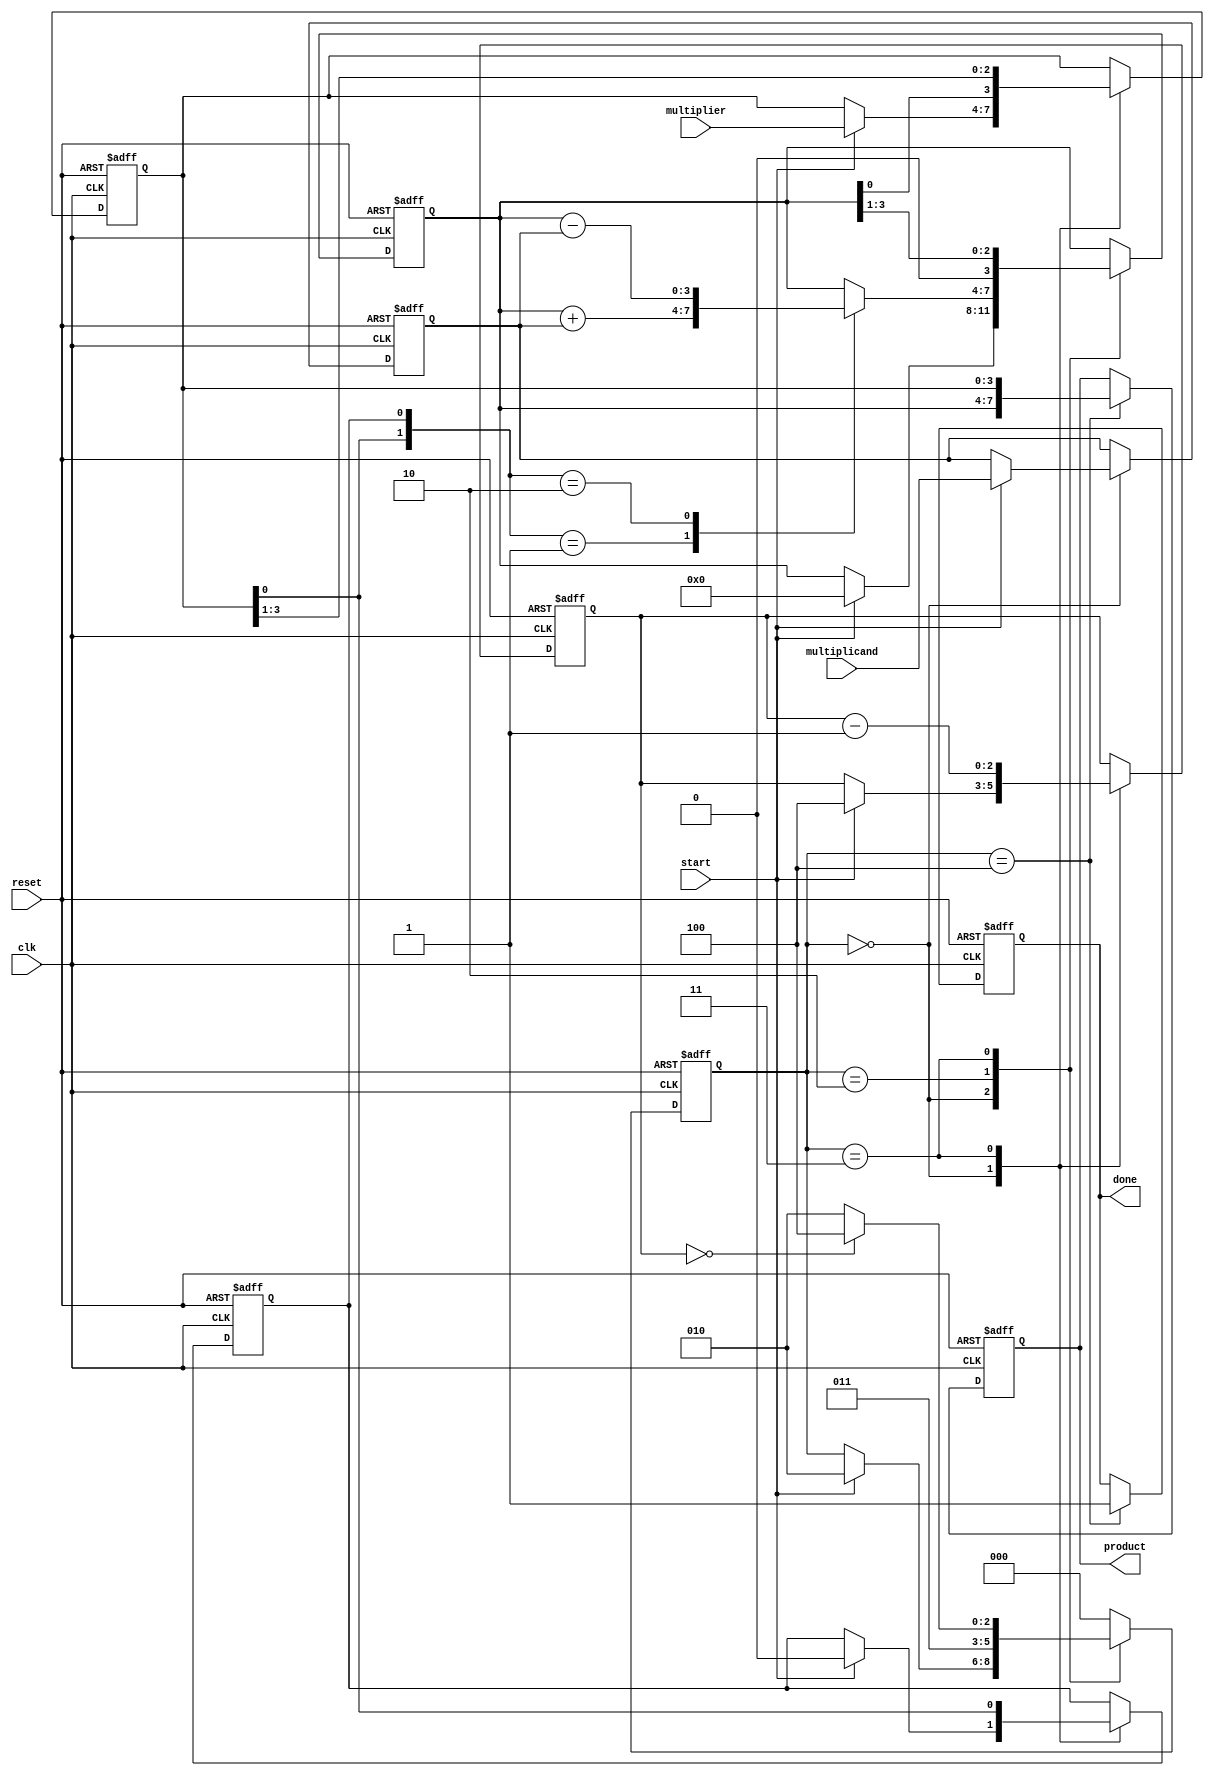
module booth_multiplier #(parameter n = 4) (
    input wire clk,
    input wire reset,
    input wire start,
    input wire signed [n-1:0] multiplicand, // M
    input wire signed [n-1:0] multiplier,   // Q
    output reg signed [(2*n)-1:0] product,   // P
    output reg done
);
    
    // Internal Registers
    reg signed [n-1:0] M;   // Multiplicand Register
    reg signed [n-1:0] Q;   // Multiplier Register
    reg signed [n-1:0] A;   // Accumulator Register
    reg Q_1;                // Q-1 Register
    reg [2:0] state;       // State for FSM
    reg [2:0] count;       // Iteration counter

    // State Encoding
    localparam IDLE = 3'b000,
               INIT = 3'b001,
               EXECUTE = 3'b010,
               SHIFT = 3'b011,
               DONE = 3'b100;

    // Sequential Process
    always @(posedge clk or posedge reset) begin
        if (reset) begin
            // Reset all registers
            A <= 0;
            Q <= 0;
            M <= 0;
            Q_1 <= 0;
            product <= 0;
            done <= 0;
            state <= IDLE;
            count <= 0;
        end else begin
            case (state)
                IDLE: begin
                    if (start) begin
                        // Load inputs and initialize
                        M <= multiplicand;
                        Q <= multiplier;
                        A <= 0;
                        Q_1 <= 0;
                        count <= n; // Set count to number of bits
                        state <= EXECUTE;
                    end
                end

                EXECUTE: begin
                    case ({Q[0], Q_1}) // Check Q and Q-1
                        2'b01: A <= A + M;   // A = A + M
                        2'b10: A <= A - M;   // A = A - M
                        default: ;           // No operation
                    endcase
                    state <= SHIFT;
                end
                
                SHIFT: begin
                    // Arithmetic right shift
                    {A, Q} <= {A, Q} >> 1;
                    Q_1 <= Q[0]; // Update Q-1
                    count <= count - 1; // Decrement the counter
                    
                    if (count == 0) begin
                        state <= DONE; // Go to done state
                    end else begin
                        state <= EXECUTE; // Continue execution
                    end
                end
                
                DONE: begin
                    product <= {A, Q}; // Concatenate A and Q to form the product
                    done <= 1; // Indicate completion
                    state <= IDLE; // Return to IDLE
                end
                
                default: state <= IDLE; // Default case
            endcase
        end
    end

endmodule